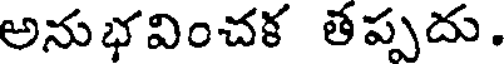
అనుభవించక తప్పదు.